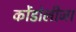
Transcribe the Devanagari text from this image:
कोंडोलीजा